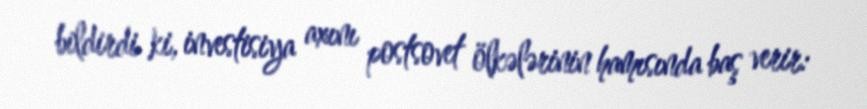
bildirdi ki, investisiya axını postsovet ölkələrinin hamısında baş verir: